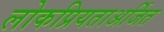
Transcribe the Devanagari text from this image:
लोकप्रियताअर्जित